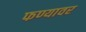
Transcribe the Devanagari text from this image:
फण्यावर